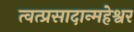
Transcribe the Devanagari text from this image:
त्वत्प्रसादान्महेश्वर